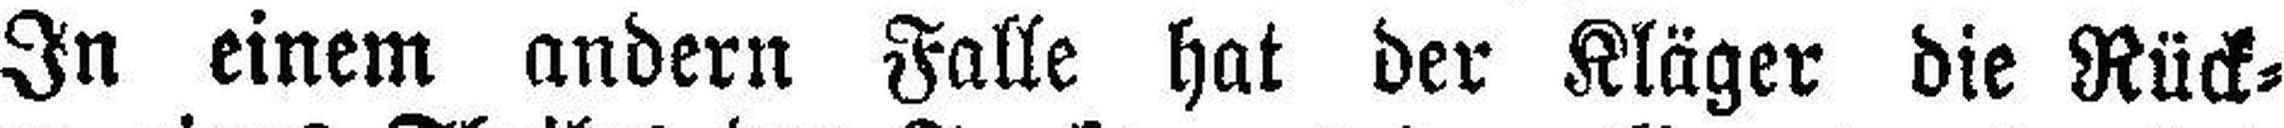
In einem andern Falle hat der Kläger die Rück¬